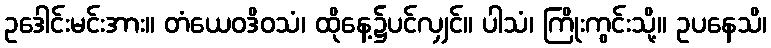
ဥဒေါင်းမင်းအား။ တံယေဝဒိဝသံ၊ ထိုနေ့၌ပင်လျှင်။ ပါသံ၊ ကြိုးကွင်းသို့။ ဥပနေသိ၊